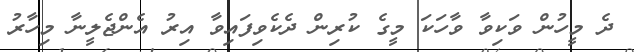
ދެ މީހުން ވަކިވާ ވާހަކަ މީގެ ކުރިން ދެކެވިފައިވާ އިރު އެންޖެލީނާ މިހާރު